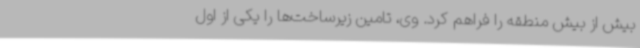
بیش از بیش منطقه را فراهم کرد. وی، تامین زیرساخت‌ها را یکی از اول